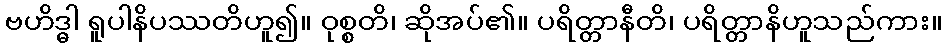
ဗဟိဒ္ဓါ ရူပါနိပဿတိဟူ၍။ ဝုစ္စတိ၊ ဆိုအပ်၏။ ပရိတ္တာနီတိ၊ ပရိတ္တာနိဟူသည်ကား။